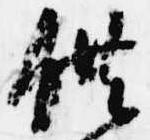
供